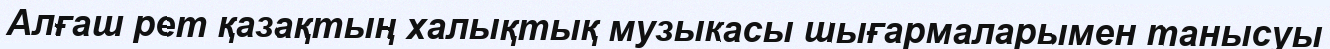
Алғаш рет қазақтың халықтық музыкасы шығармаларымен танысуы